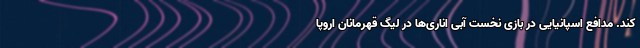
کند. مدافع اسپانیایی در بازی نخست آبی اناری‌ها در لیگ قهرمانان اروپا